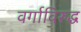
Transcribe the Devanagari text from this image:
वर्गाविरुद्ध